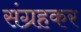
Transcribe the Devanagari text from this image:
संग्रहकर